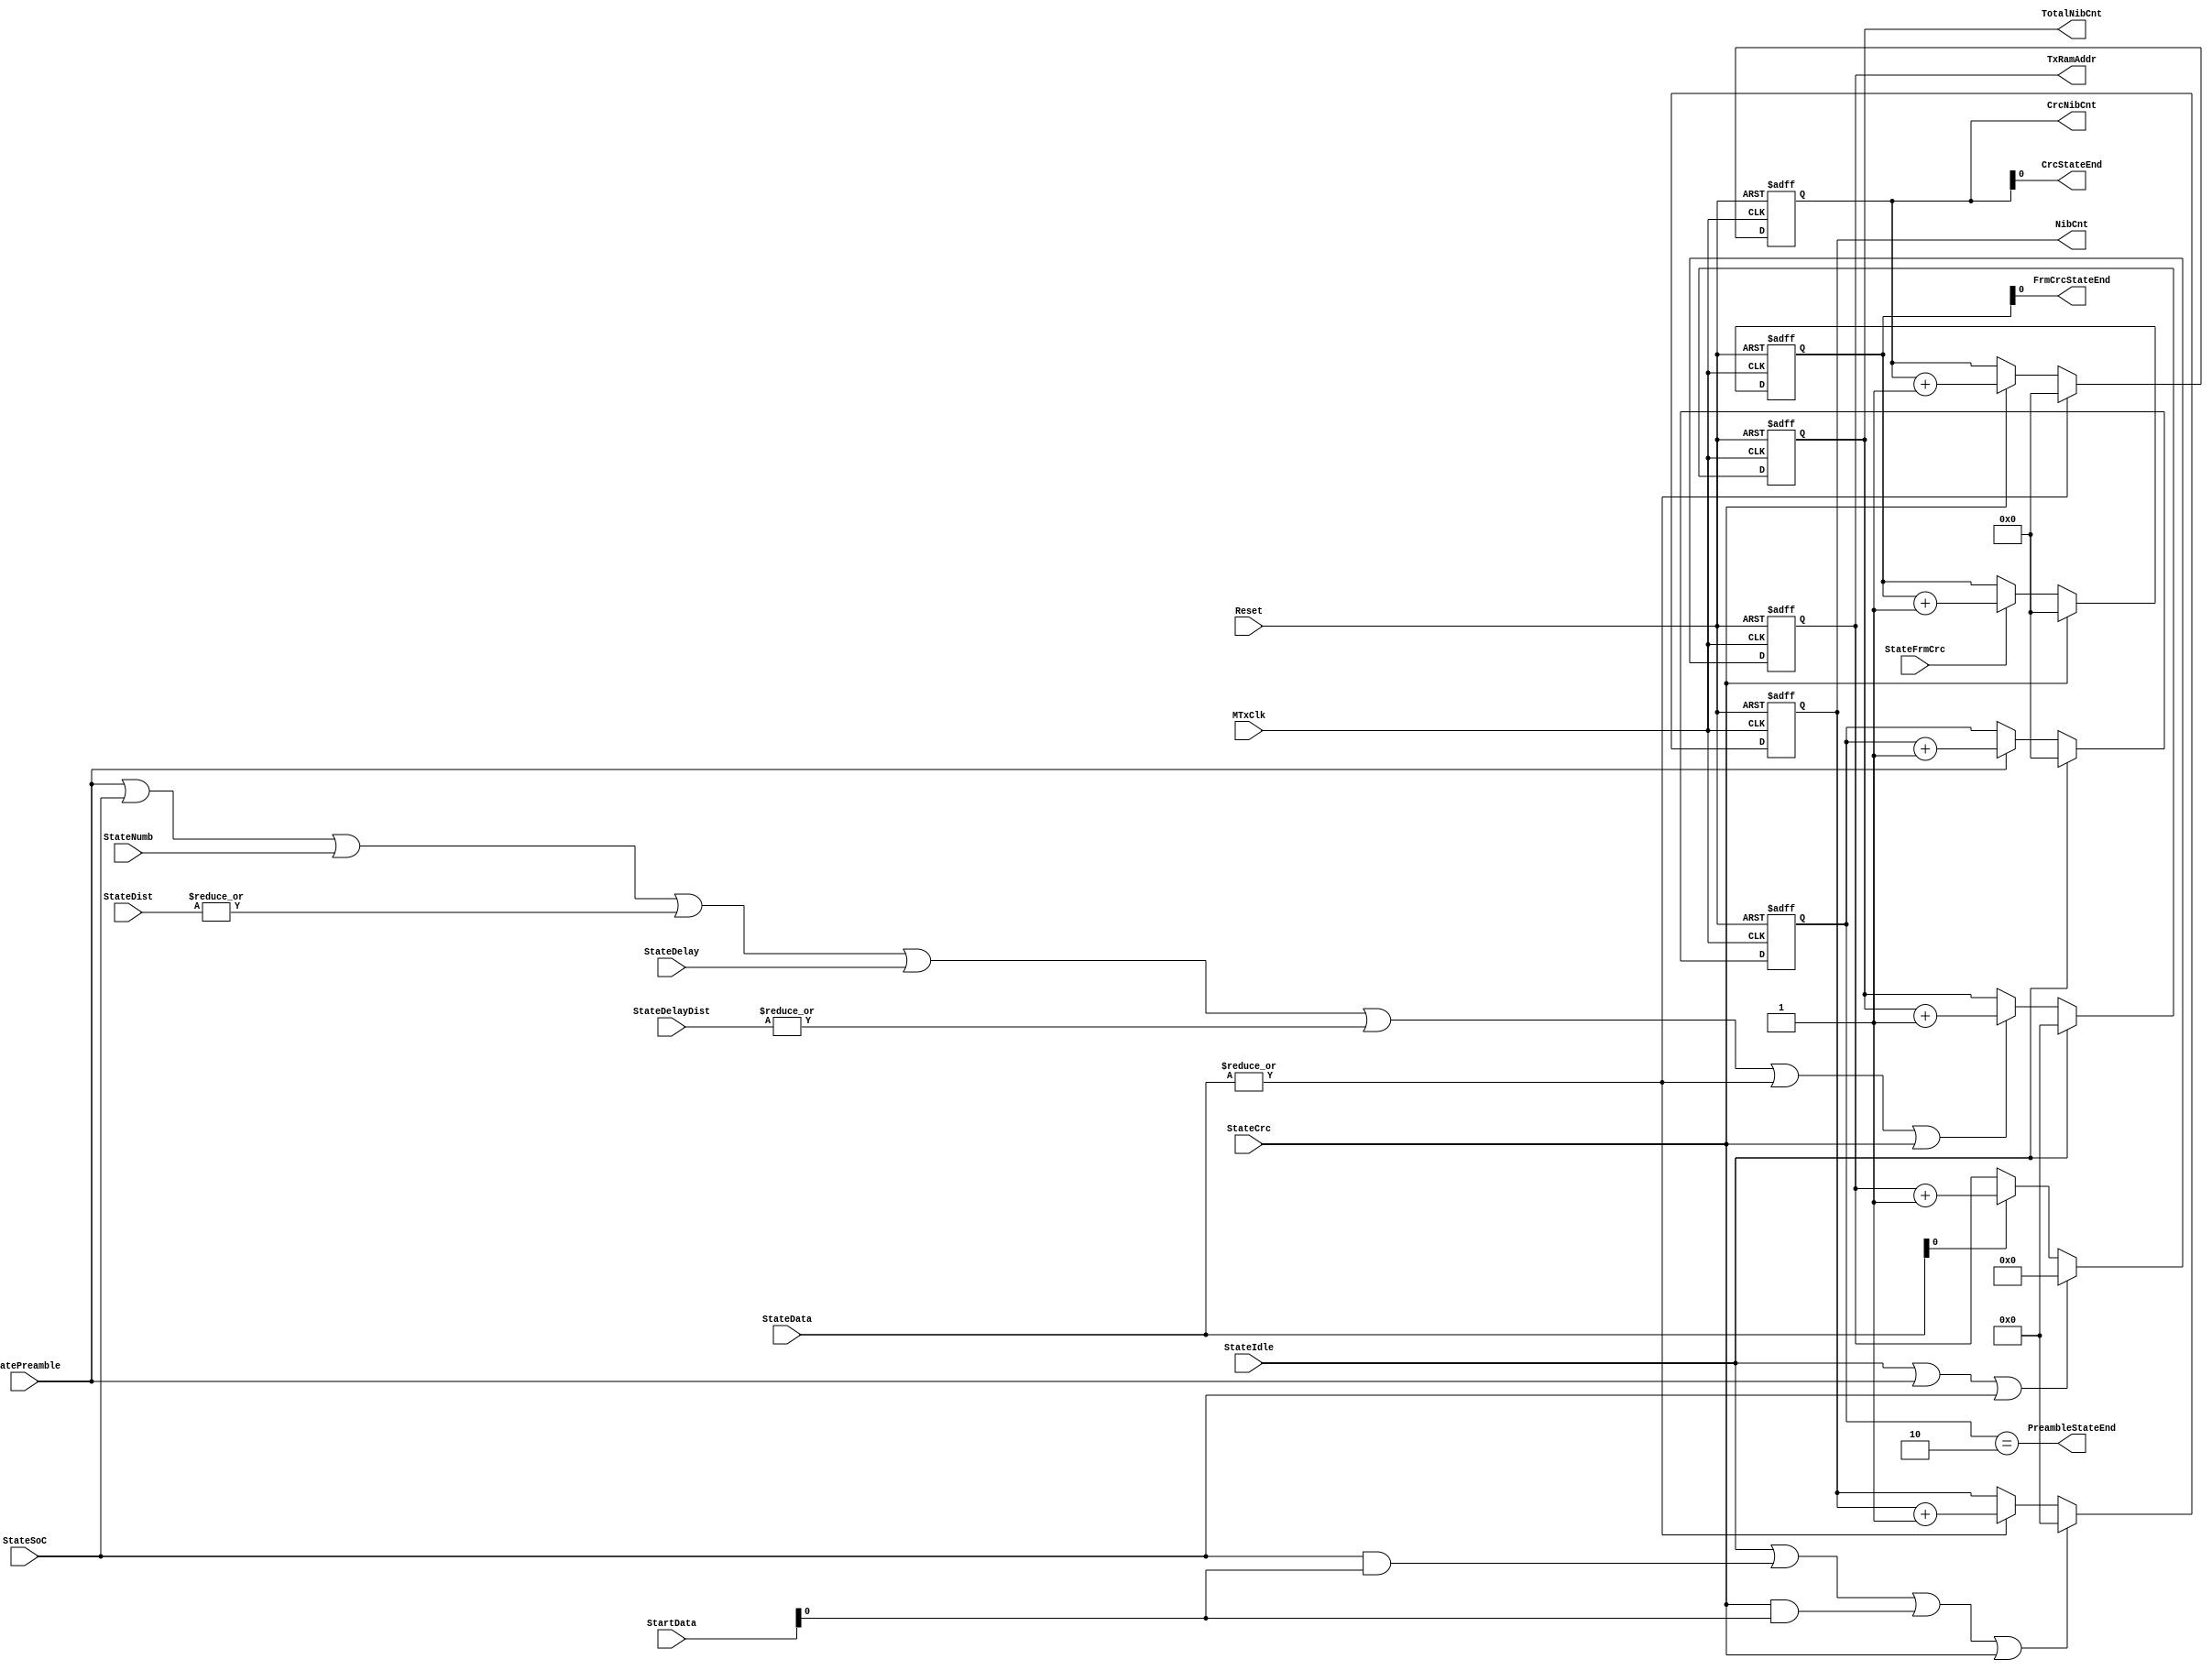
module fb_txcounters (MTxClk, Reset, 
                       StateIdle, StatePreamble, StateSoC, StateNumb, StateDist, StateDelay, StateDelayDist,
                       StateData, StateCrc, StateFrmCrc,
                       StartData, CrcNibCnt,
                       TotalNibCnt, NibCnt, CrcStateEnd, PreambleStateEnd, FrmCrcStateEnd, TxRamAddr
                      );

input         MTxClk;             // Tx clock
input         Reset;              // Reset
input         StateIdle;          // Idle state
input         StatePreamble;      // Preamble state
input         StateSoC;           // SoC state
input         StateNumb;
input  [1:0]  StateDist;
input         StateDelay;
input  [1:0]  StateDelayDist;
input  [1:0]  StateData;    // Data state
input  [1:0]  StartData;    // Start Data state
input         StateCrc;           // CRC state
input         StateFrmCrc;

 
output [3: 0] CrcNibCnt;    // total Nibble counter
output [15:0] TotalNibCnt;    // total Nibble counter
output [15:0] NibCnt;     // Nibble counter
output        CrcStateEnd;
output        PreambleStateEnd;
output        FrmCrcStateEnd;
output [7: 0] TxRamAddr;


wire ResetNibCnt;
wire IncrementNibCnt;
wire ResetTotalNibCnt;
wire IncrementTotalNibCnt;
 
reg [15:0] TotalNibCnt;
reg [15:0] NibCnt;
reg [3: 0] CrcNibCnt;
reg [3: 0] PreambleNibCnt;
reg [3: 0] FrmCrcNibCnt;
reg [7: 0] TxRamAddr;

assign IncrementNibCnt =  (|StateData)  ;
assign ResetNibCnt = StateIdle | StateSoC & StartData[0] | StateCrc & StartData[0]| StateCrc;

// Nibble Counter started from each slave data( only for data, no SoC no CRC)
always @ (posedge MTxClk or posedge Reset)
begin
  if(Reset)
    NibCnt <=  16'h0;
  else
    begin
      if(ResetNibCnt)
        NibCnt <=  16'h0;
      else
      if(IncrementNibCnt)
        NibCnt <=  NibCnt + 16'd1;
     end
end


assign IncrementTotalNibCnt =  StatePreamble | StateSoC | StateNumb | (|StateDist) | StateDelay | (|StateDelayDist)| (|StateData) | StateCrc ;
assign ResetTotalNibCnt = StateIdle;

// Total Nibble Counter for the whole frame incl.(Preamble, SoC, SlaveDate, SlaveCRC, NO FrameCRC)
always @ (posedge MTxClk or posedge Reset)
begin
  if(Reset)
    TotalNibCnt <=  16'h0;
  else
    begin
      if(ResetTotalNibCnt)
        TotalNibCnt <=  16'h0;
      else
      if(IncrementTotalNibCnt)
        TotalNibCnt <=  TotalNibCnt + 16'd1;
     end
end

wire IncrementCrcNibCnt;
wire ResetCrcNibCnt;

assign IncrementCrcNibCnt = StateCrc ;
assign ResetCrcNibCnt =  (|StateData);
assign CrcStateEnd = CrcNibCnt[0] ; // CRC always has two nibbles

always @ (posedge MTxClk or posedge Reset)
begin
  if(Reset)
    CrcNibCnt <=  4'b0;
  else
    begin
      if(ResetCrcNibCnt)
        CrcNibCnt <=  4'b0;
      else
      if(IncrementCrcNibCnt)
        CrcNibCnt <=  CrcNibCnt + 4'b0001;
     end
end


wire IncrementFrmCrcNibCnt;
wire ResetFrmCrcNibCnt;

assign IncrementFrmCrcNibCnt = StateFrmCrc ;
assign ResetFrmCrcNibCnt =  StateCrc ;
assign FrmCrcStateEnd    = FrmCrcNibCnt[0] ; // CRC always has two nibbles

always @ (posedge MTxClk or posedge Reset)
begin
  if(Reset)
    FrmCrcNibCnt <=  4'b0;
  else
    begin
      if(ResetFrmCrcNibCnt)
        FrmCrcNibCnt <=  4'b0;
      else
      if(IncrementFrmCrcNibCnt)
        FrmCrcNibCnt <=  FrmCrcNibCnt + 4'b0001;
     end
end


wire IncrementPreambleNibCnt;
wire ResetPreambleNibCnt;

assign IncrementPreambleNibCnt = StatePreamble ;
assign ResetPreambleNibCnt =  StateIdle;
assign PreambleStateEnd = (PreambleNibCnt == 4'b0010);

always @ (posedge MTxClk or posedge Reset)
begin
  if(Reset)
    PreambleNibCnt <=  4'b0;
  else
    begin
      if(ResetPreambleNibCnt)
        PreambleNibCnt <=  4'b0;
      else
      if(IncrementPreambleNibCnt)
        PreambleNibCnt <=  PreambleNibCnt + 4'b0001;
     end
end

wire IncrementTxRamAddr;
wire ResetTxRamAddr;

assign IncrementTxRamAddr = StateData[0];
assign ResetTxRamAddr =  StateIdle | StatePreamble | StateSoC;

always @ (posedge MTxClk or posedge Reset)
begin
  if(Reset)
    TxRamAddr <=  8'b0;
  else
    begin
      if(ResetTxRamAddr)
        TxRamAddr <=  8'b0;
      else
      if(IncrementTxRamAddr)
        TxRamAddr <=  TxRamAddr + 8'b0001;
     end
end


endmodule